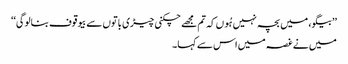
’’بیگو، میں بچہ نہیں ہُوں کہ تم مجھے چکنی چیڑی باتوں سے بیوقوف بنالوگی‘‘
میں نے غصہ میں اس سے کہا۔